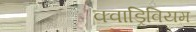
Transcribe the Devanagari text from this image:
क्वाड्रिवियम